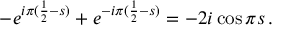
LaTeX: - e ^ { i \pi ( \frac 1 2 - s ) } + e ^ { - i \pi ( \frac 1 2 - s ) } = - 2 i \cos \pi s \, .